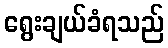
ရွေးချယ်ခံရသည်